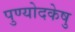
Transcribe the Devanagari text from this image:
पुण्योदकेषु